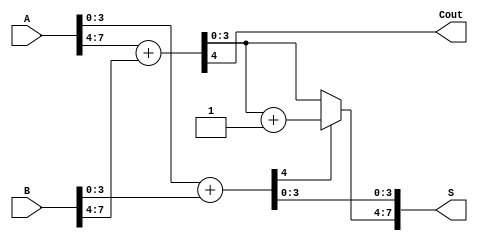
module han_carlson_adder (
    input [7:0] A,        // 8-bit input A
    input [7:0] B,        // 8-bit input B
    output [7:0] S,       // 8-bit sum output
    output Cout           // Carry out
);

    wire [3:0] S0, S1;    // Sum outputs for each group
    wire C0, C1;          // Carry outputs for each group
    wire C0_sel, C1_sel;  // Carry select signals

    // Group 0: Adding lower 4 bits of A and B
    assign {C0, S0} = A[3:0] + B[3:0];

    // Group 1: Adding upper 4 bits of A and B
    // Pre-compute sums for carry-in = 0 and carry-in = 1
    wire [3:0] S1_c0, S1_c1; // Sum outputs for carry-in = 0 and 1
    assign {C1, S1_c0} = A[7:4] + B[7:4]; // Sum with carry-in = 0
    assign {C1_sel, S1_c1} = A[7:4] + B[7:4] + 1'b1; // Sum with carry-in = 1

    // Carry Select Logic
    assign C0_sel = C0; // Carry output from Group 0
    assign S1 = C0_sel ? S1_c1 : S1_c0; // Select the appropriate sum output based on C0

    // Final Sum and Carry Output
    assign S = {S1, S0}; // Concatenate the sum outputs
    assign Cout = C1;   // Final carry out is from the last group

endmodule